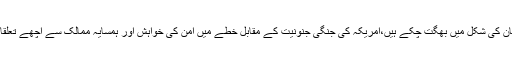
ہم گزشتہ ادوار کی غلط پالیسیوں کا خمیازہ ستر ہزار جانوں اربوں ڈالرز کے نقصان کی شکل میں بھگت چکے ہیں،امریکہ کی جنگی جنونیت کے مقابل خطے میں امن کی خواہش اور ہمسایہ ممالک سے اچھے تعلقات کی بنیاد پر پاکستان کی خارجہ پالیسی ملکی امن استحکام کے لئے ناگزیر ہے۔